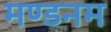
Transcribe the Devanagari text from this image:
मण्‍डनम